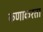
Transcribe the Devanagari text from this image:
कणाकरता